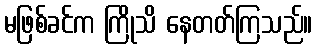
မဖြစ်ခင်က ကြိုသိ နေတတ်ကြသည်။